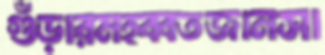
গুঁড়ারমহব্বতজানসা